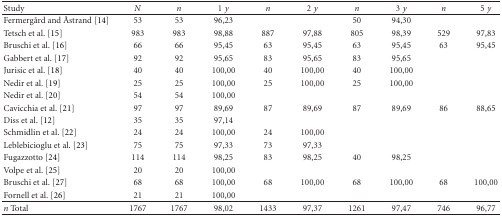
<table><thead><tr><td><b>Study</b></td><td><b><i>N</i></b></td><td><b><i>n</i></b></td><td><b>1 <i>y</i></b></td><td><b><i>n</i></b></td><td><b>2 <i>y</i></b></td><td><b><i>n</i></b></td><td><b>3 <i>y</i></b></td><td><b><i>n</i></b></td><td><b>5 <i>y</i></b></td></tr></thead><tbody><tr><td>Fermergård and Åstrand [14]</td><td>53</td><td>53</td><td>96,23</td><td></td><td></td><td>50</td><td>94,30</td><td></td><td></td></tr><tr><td>Tetsch et al. [15]</td><td>983</td><td>983</td><td>98,88</td><td>887</td><td>97,88</td><td>805</td><td>98,39</td><td>529</td><td>97,83</td></tr><tr><td>Bruschi et al. [16]</td><td>66</td><td>66</td><td>95,45</td><td>63</td><td>95,45</td><td>63</td><td>95,45</td><td>63</td><td>95,45</td></tr><tr><td>Gabbert et al. [17]</td><td>92</td><td>92</td><td>95,65</td><td>83</td><td>95,65</td><td>83</td><td>95,65</td><td></td><td></td></tr><tr><td>Jurisic et al. [18]</td><td>40</td><td>40</td><td>100,00</td><td>40</td><td>100,00</td><td>40</td><td>100,00</td><td></td><td></td></tr><tr><td>Nedir et al. [19]</td><td>25</td><td>25</td><td>100,00</td><td>25</td><td>100,00</td><td>25</td><td>100,00</td><td></td><td></td></tr><tr><td>Nedir et al. [20]</td><td>54</td><td>54</td><td>100,00</td><td></td><td></td><td></td><td></td><td></td><td></td></tr><tr><td>Cavicchia et al. [21]</td><td>97</td><td>97</td><td>89,69</td><td>87</td><td>89,69</td><td>87</td><td>89,69</td><td>86</td><td>88,65</td></tr><tr><td>Diss et al. [12]</td><td>35</td><td>35</td><td>97,14</td><td></td><td></td><td></td><td></td><td></td><td></td></tr><tr><td>Schmidlin et al. [22]</td><td>24</td><td>24</td><td>100,00</td><td>24</td><td>100,00</td><td></td><td></td><td></td><td></td></tr><tr><td>Leblebicioglu et al. [23]</td><td>75</td><td>75</td><td>97,33</td><td>73</td><td>97,33</td><td></td><td></td><td></td><td></td></tr><tr><td>Fugazzotto [24]</td><td>114</td><td>114</td><td>98,25</td><td>83</td><td>98,25</td><td>40</td><td>98,25</td><td></td><td></td></tr><tr><td>Volpe et al. [25]</td><td>20</td><td>20</td><td>100,00</td><td></td><td></td><td></td><td></td><td></td><td></td></tr><tr><td>Bruschi et al. [27]</td><td>68</td><td>68</td><td>100,00</td><td>68</td><td>100,00</td><td>68</td><td>100,00</td><td>68</td><td>100,00</td></tr><tr><td>Fornell et al. [26]</td><td>21</td><td>21</td><td>100,00</td><td></td><td></td><td></td><td></td><td></td><td></td></tr><tr><td><i>n</i> Total</td><td>1767</td><td>1767</td><td>98,02</td><td>1433</td><td>97,37</td><td>1261</td><td>97,47</td><td>746</td><td>96,77</td></tr></tbody></table>